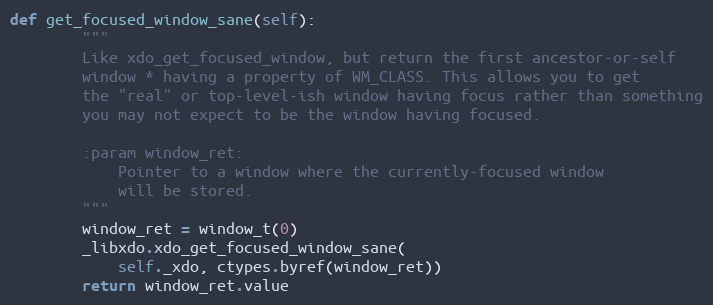
Language: Python
def get_focused_window_sane(self):
        """
        Like xdo_get_focused_window, but return the first ancestor-or-self
        window * having a property of WM_CLASS. This allows you to get
        the "real" or top-level-ish window having focus rather than something
        you may not expect to be the window having focused.

        :param window_ret:
            Pointer to a window where the currently-focused window
            will be stored.
        """
        window_ret = window_t(0)
        _libxdo.xdo_get_focused_window_sane(
            self._xdo, ctypes.byref(window_ret))
        return window_ret.value